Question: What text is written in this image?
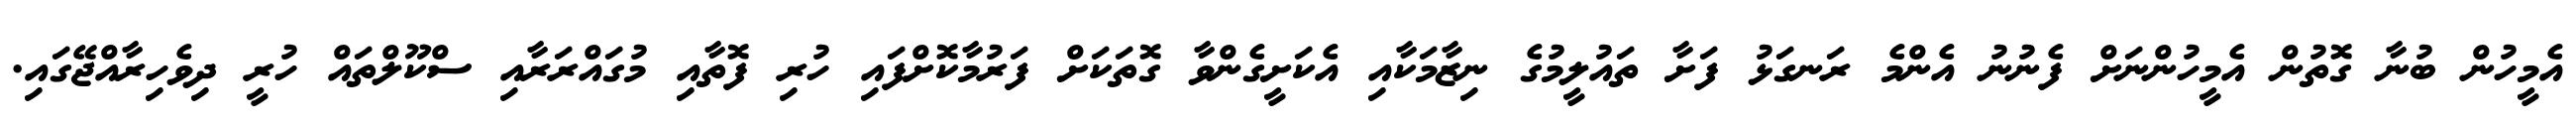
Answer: އެމީހުން ބުނާ ގޮތުން އެމީހުންނަށް ފެނުނު އެންމެ ރަނގަޅު ފަށާ ތައުލީމުގެ ނިޒާމަކާއި އެކަށީގެންވާ ގޮތަކަށް ފަރުމާކޮށްފައި ހުރި ފޮތާއި މުގައްރަރާއި ސްކޫލްތައް ހުރީ ދިވެހިރާއްޖޭގައި.